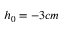
h _ { 0 } = - 3 c m